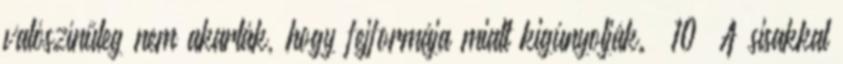
valószínűleg nem akarták, hogy fejformája miatt kigúnyolják.” 10 A sisakkal